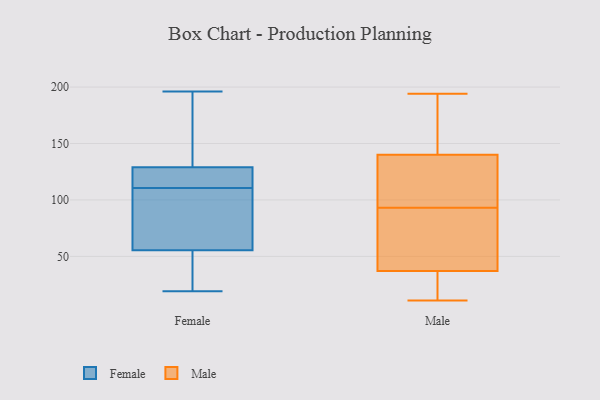
{"axis": {"x": "Production Output", "y": "Value"}, "legend": ["Female", "Male"], "data": [{"x": "", "y": 123, "type": "Female"}, {"x": "", "y": 102, "type": "Female"}, {"x": "", "y": 196, "type": "Female"}, {"x": "", "y": 66, "type": "Female"}, {"x": "", "y": 152, "type": "Female"}, {"x": "", "y": 45, "type": "Female"}, {"x": "", "y": 19, "type": "Female"}, {"x": "", "y": 29, "type": "Female"}, {"x": "", "y": 135, "type": "Female"}, {"x": "", "y": 117, "type": "Female"}, {"x": "", "y": 114, "type": "Female"}, {"x": "", "y": 107, "type": "Female"}, {"x": "", "y": 155, "type": "Male"}, {"x": "", "y": 12, "type": "Male"}, {"x": "", "y": 124, "type": "Male"}, {"x": "", "y": 179, "type": "Male"}, {"x": "", "y": 95, "type": "Male"}, {"x": "", "y": 72, "type": "Male"}, {"x": "", "y": 55, "type": "Male"}, {"x": "", "y": 194, "type": "Male"}, {"x": "", "y": 48, "type": "Male"}, {"x": "", "y": 15, "type": "Male"}, {"x": "", "y": 104, "type": "Male"}, {"x": "", "y": 19, "type": "Male"}, {"x": "", "y": 141, "type": "Male"}, {"x": "", "y": 26, "type": "Male"}, {"x": "", "y": 139, "type": "Male"}, {"x": "", "y": 11, "type": "Male"}, {"x": "", "y": 154, "type": "Male"}, {"x": "", "y": 48, "type": "Male"}, {"x": "", "y": 136, "type": "Male"}, {"x": "", "y": 91, "type": "Male"}]}